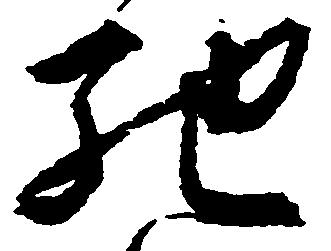
馳